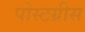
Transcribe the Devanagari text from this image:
पोस्टग्रीस